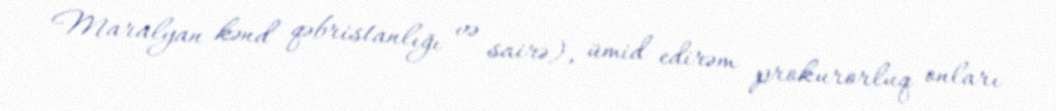
Maralyan kənd qəbristanlığı və sairə), ümid edirəm prokurorluq onları